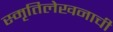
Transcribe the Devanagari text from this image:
स्मृतिलेखनाची